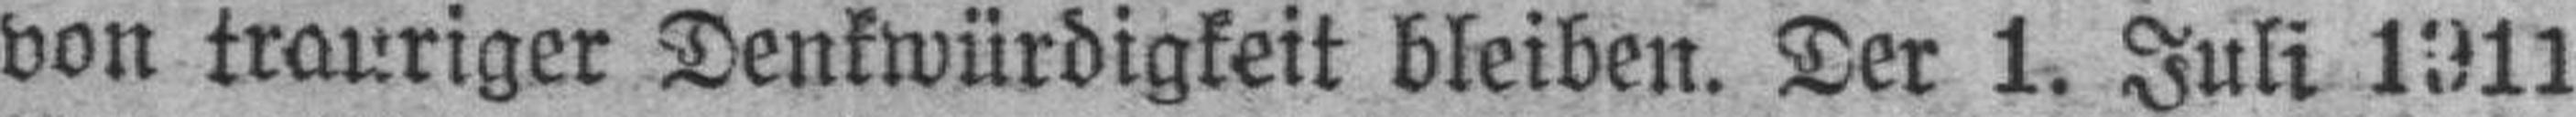
von trauriger Denkwürdigkeit bleiben. Der 1. Juli 1911